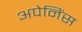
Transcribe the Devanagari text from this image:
अपेनिंस